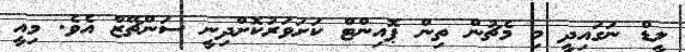
ލީޑް ނަގައިދީ މި މެޗުން ތިން ޕޮއިންޓް ކަށަވަރުކޮށްދިނީ ސަންޗޭޒް އެވެ. މިއީ